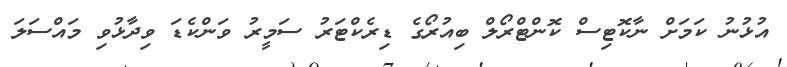
އުޅުނު ކަމަށް ނާކޮޓިސް ކޮންޓްރޯލް ބިއުރޯގެ ޑިރެކްޓަރު ސަމީރު ވަންކެޑަ ވިދާޅުވި މައްސަލަ